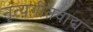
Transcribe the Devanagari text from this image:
नृत्यगीतवाद्य